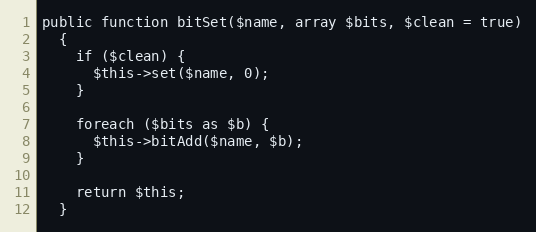
Language: PHP
public function bitSet($name, array $bits, $clean = true)
  {
    if ($clean) {
      $this->set($name, 0);
    }

    foreach ($bits as $b) {
      $this->bitAdd($name, $b);
    }

    return $this;
  }